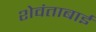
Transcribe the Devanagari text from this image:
शेवंताबाई